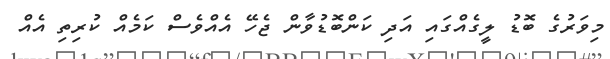
މިވަރުގެ ބޮޑު ލީގެއްގައި އަދި ކަންބޮޑުވާން ޖެހޭ އެއްވެސް ކަމެއް ކުރިތި އެއް